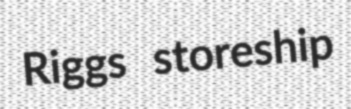
Riggs storeship